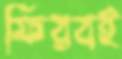
ফিরবই